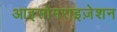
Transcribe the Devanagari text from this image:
आइसोमराइज़ेशन